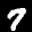
Label: 7